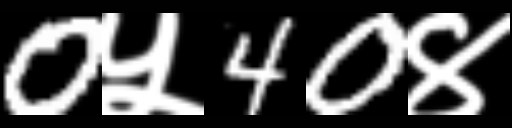
Text: 0५40४